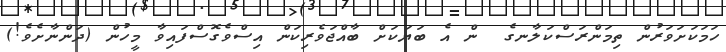
ހަމަކަށަވަރުން ތިމަންރަސްކަލާނގެ  ން އެ ބަޔަކަށް ބާއްޖަވެރިކަން އިސްވެގޮސްފައިވާ މީހުން (ދަންނާށެވެ!)